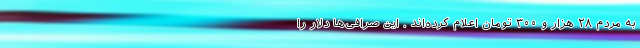
به مردم ۲۸ هزار و ۳۰۰ تومان اعلام کرده‌اند . این صرافی‌ها دلار را